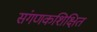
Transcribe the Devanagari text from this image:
संगणकशिक्षित